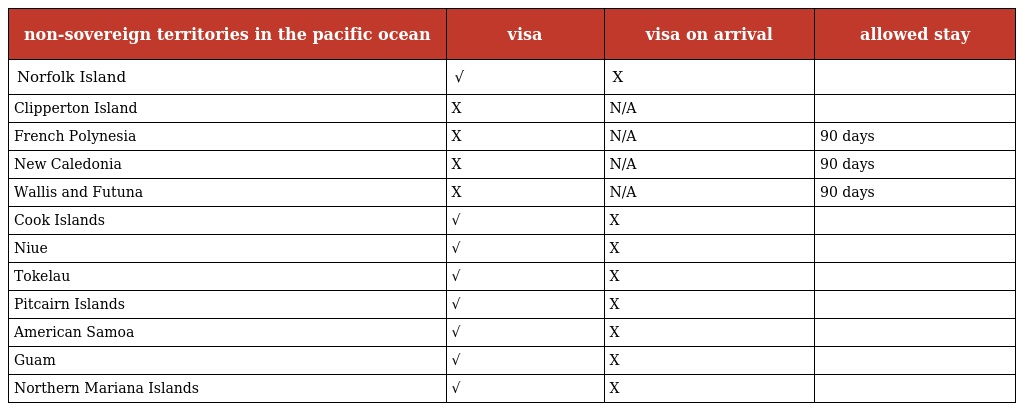
| non-sovereign territories in the pacific ocean | visa | visa on arrival | allowed stay |
 | --- | --- | --- | --- |
 | Norfolk Island | √ | X |  |
 | Clipperton Island | X | N/A |  |
 | French Polynesia | X | N/A | 90 days |
 | New Caledonia | X | N/A | 90 days |
 | Wallis and Futuna | X | N/A | 90 days |
 | Cook Islands | √ | X |  |
 | Niue | √ | X |  |
 | Tokelau | √ | X |  |
 | Pitcairn Islands | √ | X |  |
 | American Samoa | √ | X |  |
 | Guam | √ | X |  |
 | Northern Mariana Islands | √ | X |  |